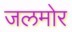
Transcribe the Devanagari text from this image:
जलमोर